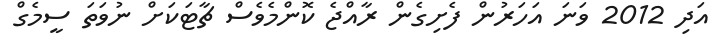
އަދި 2012 ވަނަ އަހަރުން ފެށިގެން ރާއްޖެ ކޮންމެވެސް ޗާޓަކަށް ނުވަތަ ސީމެގް